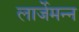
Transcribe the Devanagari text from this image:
लार्जेमन्न